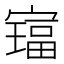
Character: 𫴅